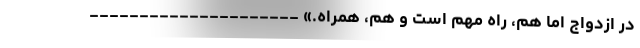
در ازدواج اما هم، راه مهم است و هم، همراه.» ---------------------